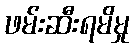
ဖမ်းဆီးရမိမှု